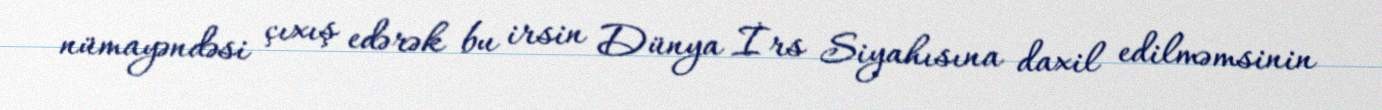
nümayəndəsi çıxış edərək bu irsin Dünya İrs Siyahısına daxil edilməmsinin